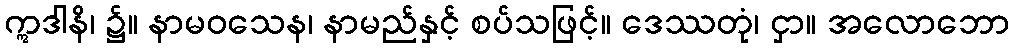
ဣဒါနိ၊ ၌။ နာမဝသေန၊ နာမည်နှင့် စပ်သဖြင့်။ ဒေဿတုံ၊ ငှာ။ အလောဘော